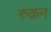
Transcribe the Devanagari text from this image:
रुक़न